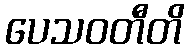
ပေသဝတီတိ